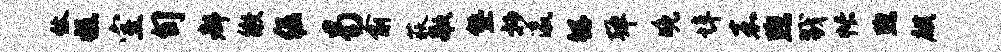
休糕室旬都徵倔曷俞荻歌塾抄瀛鲧弹晚埠嘉煦戮帐煦麒